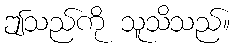
ဤသည်ကို သူသိသည်။